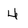
Character: 4